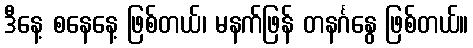
ဒီနေ့ စနေနေ့ ဖြစ်တယ်၊ မနက်ဖြန် တနင်္ဂနွေ ဖြစ်တယ်။